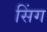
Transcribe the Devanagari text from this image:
सिंग